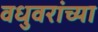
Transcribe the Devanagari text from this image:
वधुवरांच्या